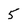
Character: 5